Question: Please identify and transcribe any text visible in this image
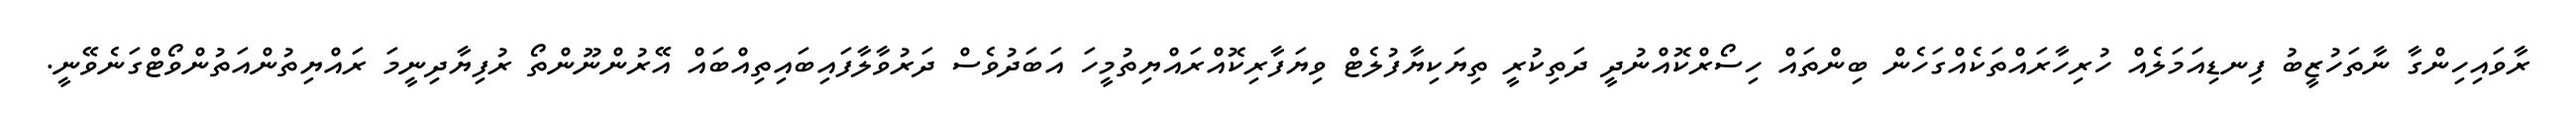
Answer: ރާވައިހިންގާ ނާތަހުޒީބު ފިނޑިއަމަލެއް ހުރިހާރައްތަކެއްގަހެން ބިންތައް ހިސޯރްކޮއްނުދީ ދަތިކުރީ ތިޔަކިޔާފުލެޓް ވިޔަފާރިކޮއްރައްޔިތުމީހަ އަބަދުވެސް ދަރުވާލާފައިބައިތިއްބައް އޭރުންނޫންތޯ ރުފިޔާދިނީމަ ރައްޔިތުންއަތުންވޯޓްގަނެވޭނީ.